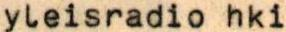
yleisradio hki